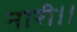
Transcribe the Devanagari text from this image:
नारी।।